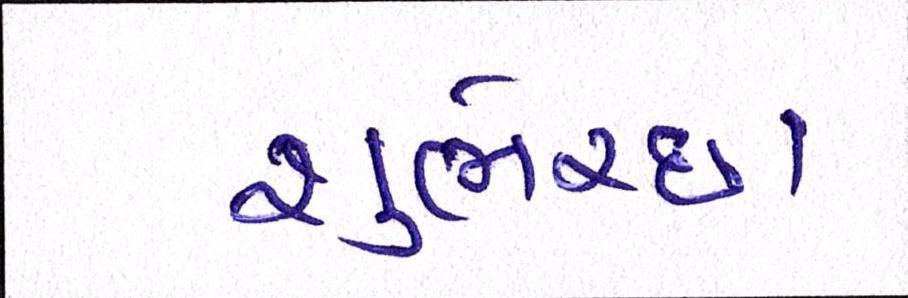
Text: શુભેચ્છા